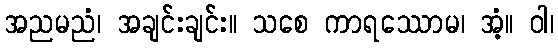
အညမညံ၊ အချင်းချင်း။ သစေ ကာရဿောမ၊ အံ့။ ဝါ၊